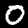
Digit: 0